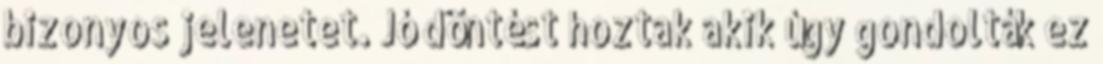
bizonyos jelenetet. Jó döntést hoztak akik úgy gondolták ez